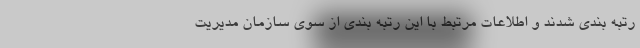
رتبه بندی شدند و اطلاعات مرتبط با این رتبه بندی از سوی سازمان مدیریت